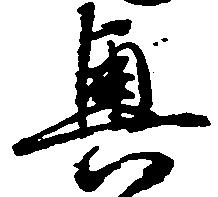
奥